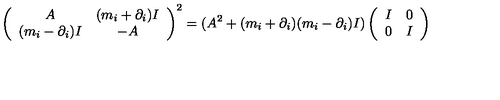
\left( \begin{array} { c c } { A } & { ( m _ { i } + \partial _ { i } ) I } \\ { ( m _ { i } - \partial _ { i } ) I } & { - A } \\ \end{array} \right) ^ { 2 } = ( A ^ { 2 } + ( m _ { i } + \partial _ { i } ) ( m _ { i } - \partial _ { i } ) I ) \left( \begin{array} { c c } { I } & { 0 } \\ { 0 } & { I } \\ \end{array} \right)